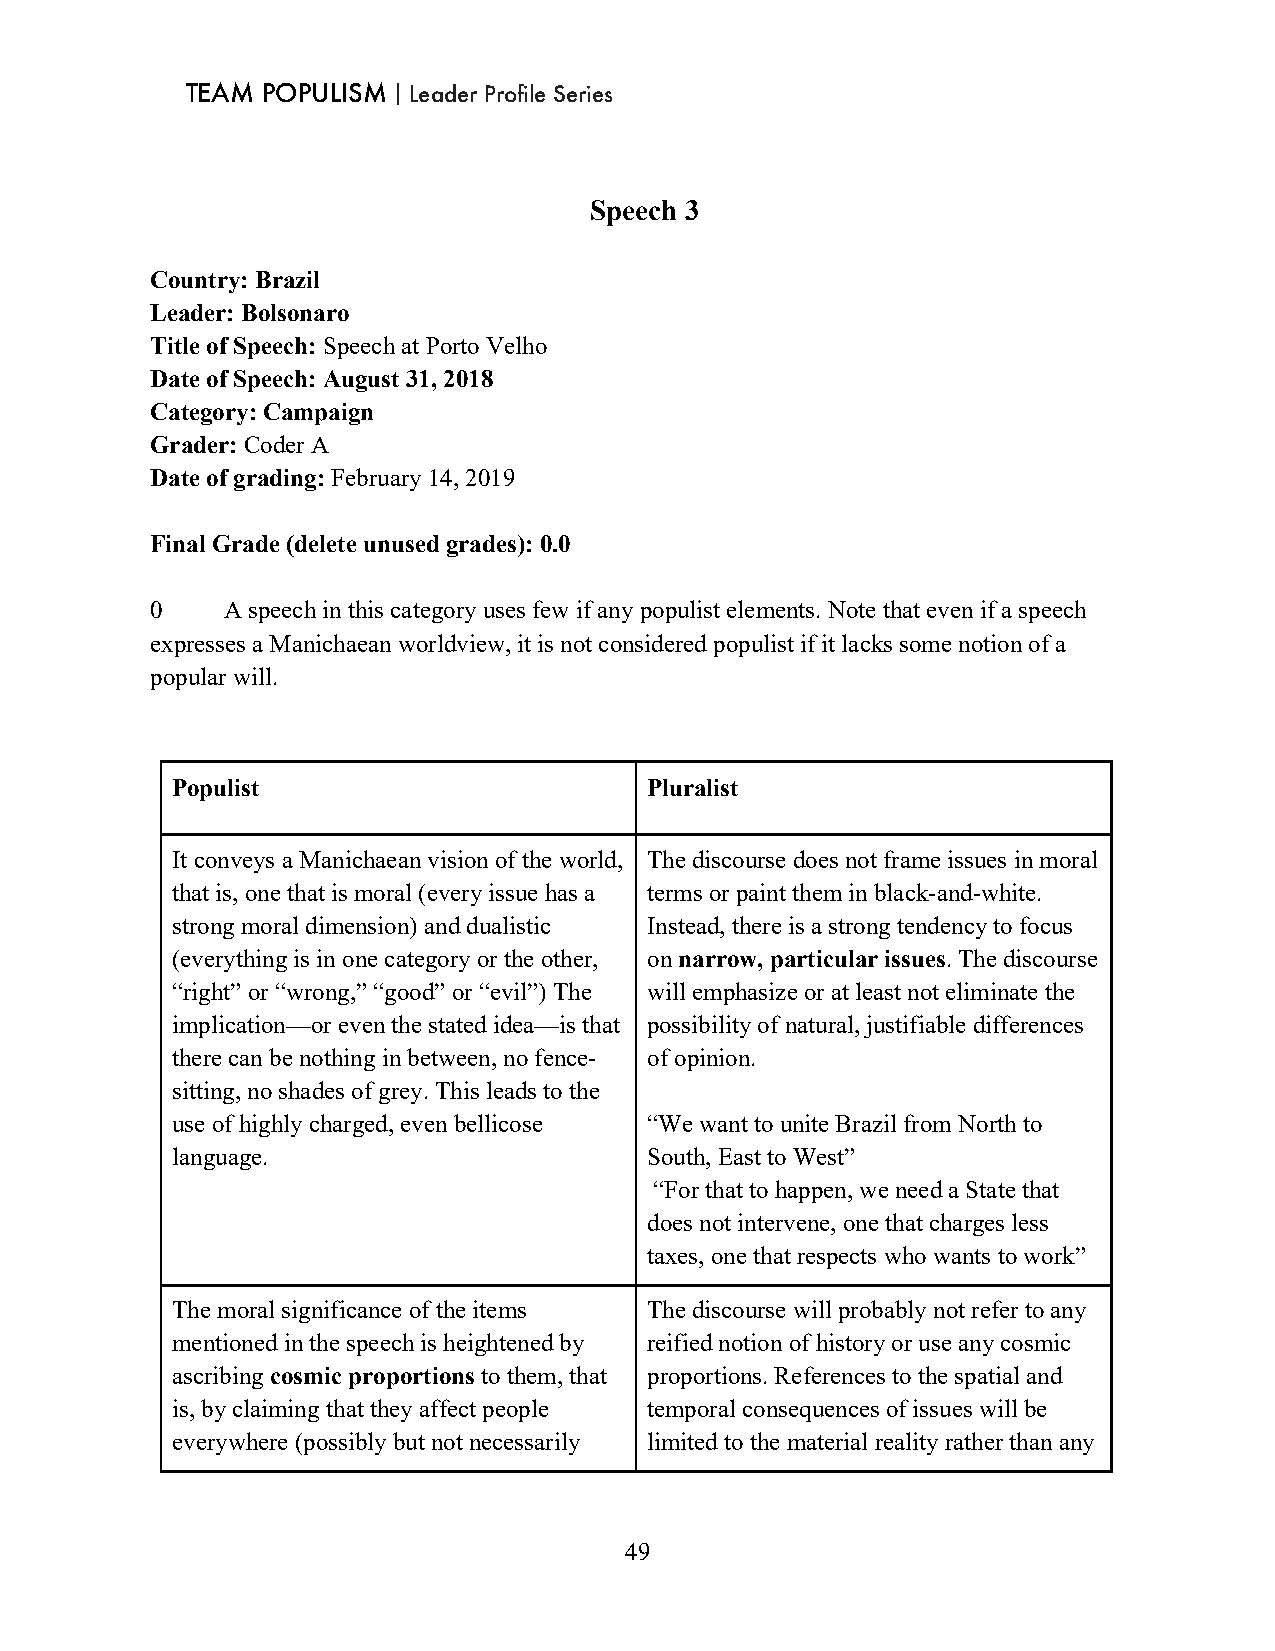
TEAM POPULISM｜Leader Profile Series
 Speech 3
 Country: Brazil
 Leader: Bolsonaro
 Title of Speech: Speech at Porto Velho
 Date of Speech: August 31, 2018
 Category: Campaign
 Grader: Coder A
 Date of grading: February 14, 2019
 Final Grade (delete unused grades): 0.0
 0    A speech in this category uses few if any populist elements. Note that even if a speech
 expresses a Manichaean worldview, it is not considered populist if it lacks some notion of a
 popular will.
 Populist                        Pluralist
 It conveys a Manichaean vision of the world, The discourse does not frame issues in moral
 that is, one that is moral (every issue has a terms or paint them in black-and-white.
 strong moral dimension) and dualistic Instead, there is a strong tendency to focus
 (everything is in one category or the other, on narrow, particular issues. The discourse
 “right” or “wrong,” “good” or “evil”) The will emphasize or at least not eliminate the
 implication—or even the stated idea—is that possibility of natural, justifiable differences
 there can be nothing in between, no fence- of opinion.
 sitting, no shades of grey. This leads to the
 use of highly charged, even bellicose “We want to unite Brazil from North to
 language.                       South, East to West”
 “For that to happen, we need a State that
 does not intervene, one that charges less
 taxes, one that respects who wants to work”
 The moral significance of the items The discourse will probably not refer to any
 mentioned in the speech is heightened by reified notion of history or use any cosmic
 ascribing cosmic proportions to them, that proportions. References to the spatial and
 is, by claiming that they affect people temporal consequences of issues will be
 everywhere (possibly but not necessarily limited to the material reality rather than any
 49